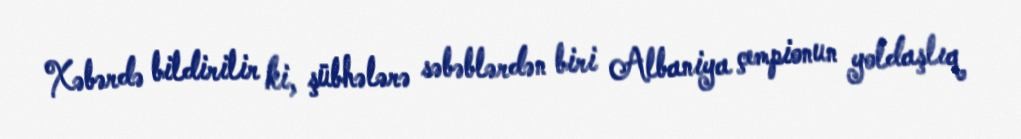
Xəbərdə bildirilir ki, şübhələrə səbəblərdən biri Albaniya çempionun yoldaşlıq